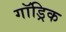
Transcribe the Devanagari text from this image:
गॉड्रिक